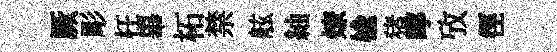
厥彫枉畢柘禁舷紬燎楡猪嚀攷徑